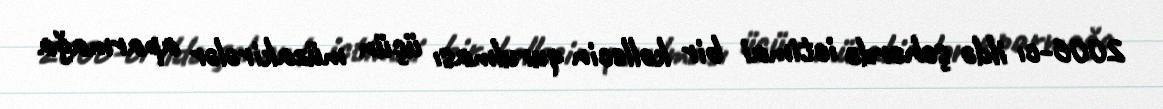
2006-cı ildə şəhərdə ictimai bir kollecin qurulması üçün müzakirələr aparmağa